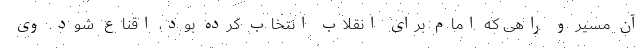
آن مسیر و راهی که امام برای انقلاب انتخاب کرده بود، اقناع شود. وی